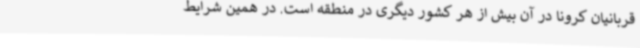
قربانیان کرونا در آن بیش از هر کشور دیگری در منطقه است. در همین شرایط